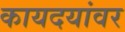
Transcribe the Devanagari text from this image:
कायदयांवर